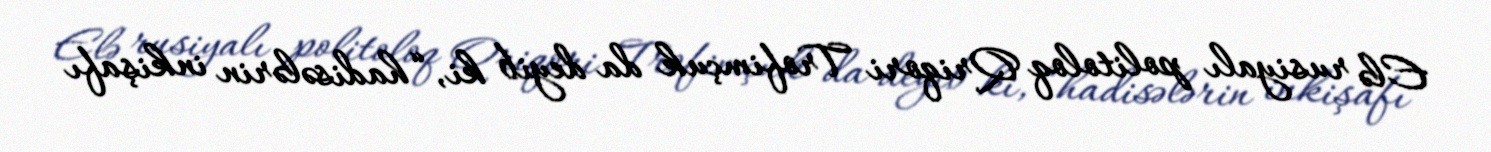
Elə rusiyalı politoloq Qriqori Trofimçuk da deyib ki, “hadisələrin inkişafı